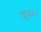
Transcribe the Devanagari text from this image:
कृताः।